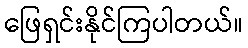
ဖြေရှင်းနိုင်ကြပါတယ်။